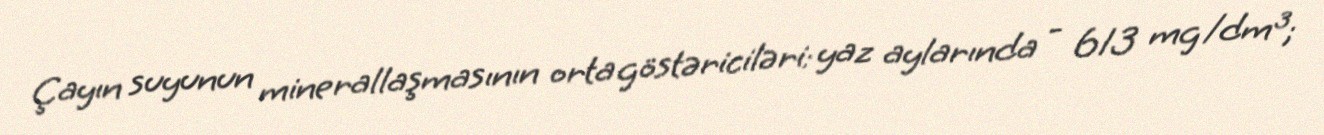
Çayın suyunun minerallaşmasının orta göstəriciləri: yaz aylarında - 613 mg/dm³;